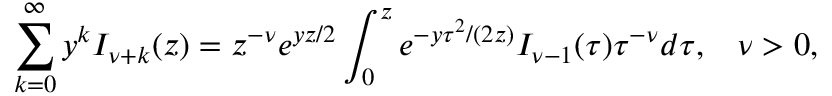
\sum _ { k = 0 } ^ { \infty } y ^ { k } I _ { \nu + k } ( z ) = z ^ { - \nu } e ^ { y z / 2 } \int _ { 0 } ^ { z } e ^ { - y \tau ^ { 2 } / ( 2 z ) } I _ { \nu - 1 } ( \tau ) \tau ^ { - \nu } d \tau , \; \; \; \nu > 0 ,